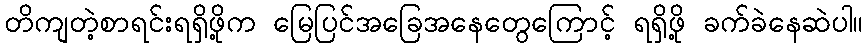
တိကျတဲ့စာရင်းရရှိဖို့က မြေပြင်အခြေအနေတွေကြောင့် ရရှိဖို့ ခက်ခဲနေဆဲပါ။